Leaving Certificate Examination, 1915
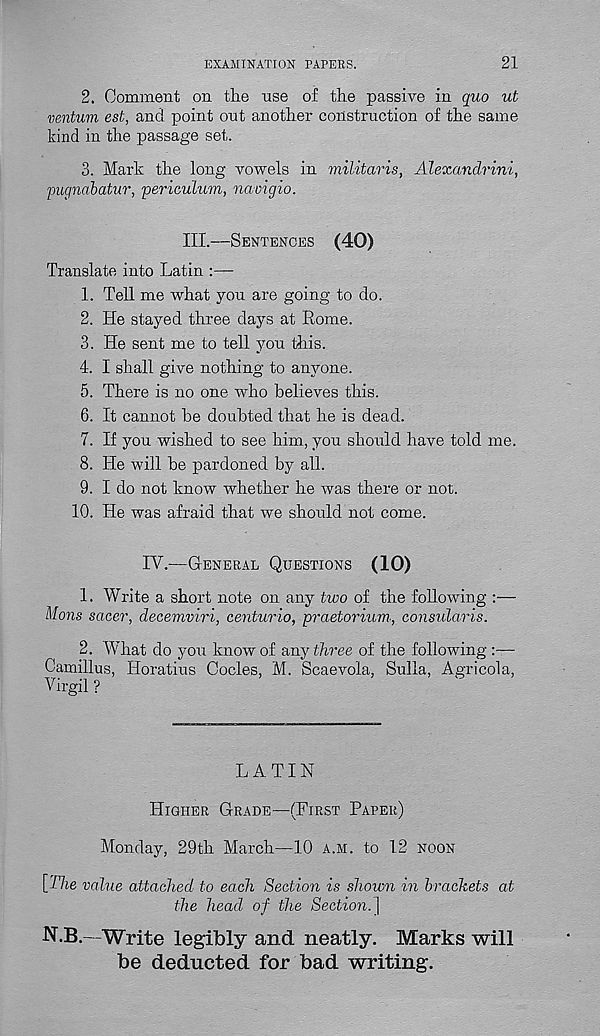
EXAMINATION PAPERS.
21
2. Comment on the use of the passive in quo ut
ventum est, and point out another construction of the same
kind in the passage set.
3. Mark the long vowels in militaris, Alexandrini,
pugnabatur, perieulum, navigio.
III.—SENTENCES (40)
Translate into Latin :—
1. Tell me what you are going to do.
2. He stayed three days at Rome.
3. He sent me to tell you this.
4. I shall give nothing to anyone.
5. There is no one who believes this.
6. It cannot be doubted that he is dead.
7. If you wished to see him, you should have told me.
8. He will be pardoned by all.
9. I do not know whether he was there or not.
10.
He was afraid that we should not come
IV.—GENERAL QUESTIONS (10)
1. Write a short note on any two of the following :—
Mans sacer, decemviri, centurio, praetorium., consularis.
2. What do you know of any three of the following
Camillus, Horatius Codes, M. Scaevola, Sulla, Agricola,
Virgil ?
LATIN
HIGHER GRADE—(FIRST PAPER)
Monday, 29th March—10 A.M. to 12 NOON
[The value attached to each Section is shown in brackets at
the head of the Section.^
N.B.—Write legibly and neatly. Marks will
be deducted for bad writing.